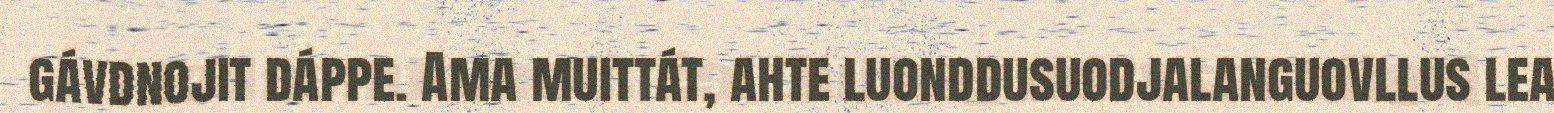
gávdnojit dáppe. Ama muittát, ahte luonddusuodjalanguovllus lea